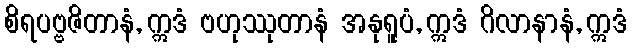
စိရပဗ္ဗဇိတာနံ, ဣဒံ ဗဟုဿုတာနံ အနုရူပံ, ဣဒံ ဂိလာနာနံ, ဣဒံ